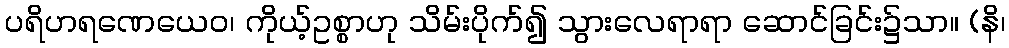
ပရိဟရဏေယေဝ၊ ကိုယ့်ဥစ္စာဟု သိမ်းပိုက်၍ သွားလေရာရာ ဆောင်ခြင်း၌သာ။ (နိ၊